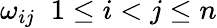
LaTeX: \omega_{ij}\; \; 1\leq i<j\leq n